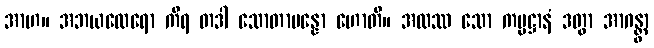
အာဟ။ အဘယထေရော ကိရ တဒါ သောတာပန္နော ဟောတိ။ အထဿ သော ကမ္မဋ္ဌာနံ ဒတွာ အာဂန္တွာ